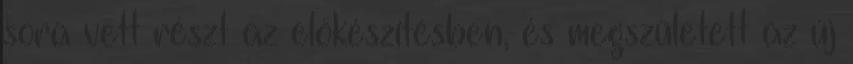
sora vett részt az előkészítésben, és megszületett az új